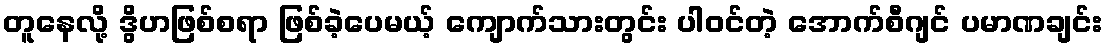
တူနေလို့ ဒွိဟဖြစ်စရာ ဖြစ်ခဲ့ပေမယ့် ကျောက်သားတွင်း ပါဝင်တဲ့ အောက်စီဂျင် ပမာဏချင်း